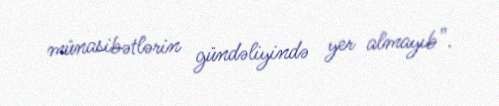
münasibətlərin gündəliyində yer almayıb”.